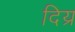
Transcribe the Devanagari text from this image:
दिय्र